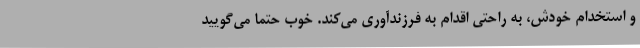
و استخدام خودش، به راحتی اقدام به فرزندآوری می‌کند. خوب حتماً می‌گویید